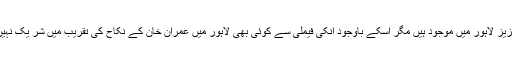
میڈیا رپورٹس کے مطابق تحر یک انصاف کے چےئر مین عمران خان کی بہنیں اور دیگر عزیز لاہور میں موجود ہیں مگر اسکے باوجود انکی فیملی سے کوئی بھی لاہور میں عمران خان کے نکاح کی تقریب میں شر یک نہیں ہوئےاور انکی جانب سے عمران خان کی بشر ی بی بی سے نکاح کی مخالف کی گئی ہے ۔